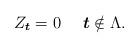
LaTeX: \begin{align*}Z_{\boldsymbol{t}} = 0\ \ \ \ \boldsymbol{t} \notin \Lambda.\end{align*}